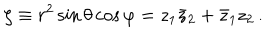
LaTeX: \zeta \equiv r ^ { 2 } \sin \theta \cos \varphi = z _ { 1 } \bar { z } _ { 2 } + \bar { z } _ { 1 } z _ { 2 } \, .